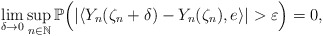
\begin{align*}\lim_{\delta\rightarrow 0}\sup_{n\in\mathbb{N}}\mathbb{P}\Big( |\langle Y_n(\zeta_n +\delta)-Y_n(\zeta_n) , e\rangle | >\varepsilon\Big) =0 ,\end{align*}